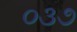
૦૩૭